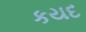
કયદ